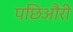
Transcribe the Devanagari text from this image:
पछिऔरी